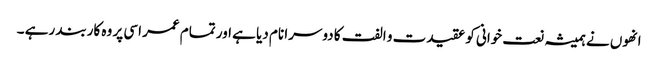
انھوں نے ہمیشہ نعت خوانی کو عقیدت و الفت کا دوسرا نام دیا ہے اور تمام عمر اسی پر وہ کاربند رہے ۔